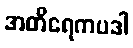
အတိရေကပဒါ